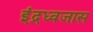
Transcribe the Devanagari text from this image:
इंद्रध्वजास